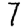
Digit: 7